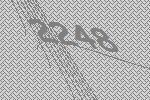
2248